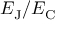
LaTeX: E _ { \mathrm { { J } } } / E _ { \mathrm { { C } } }